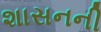
શાસનની